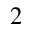
^ 2